Indian journal of veterinary science and animal husbandry - Volume 5,
Year: 1935
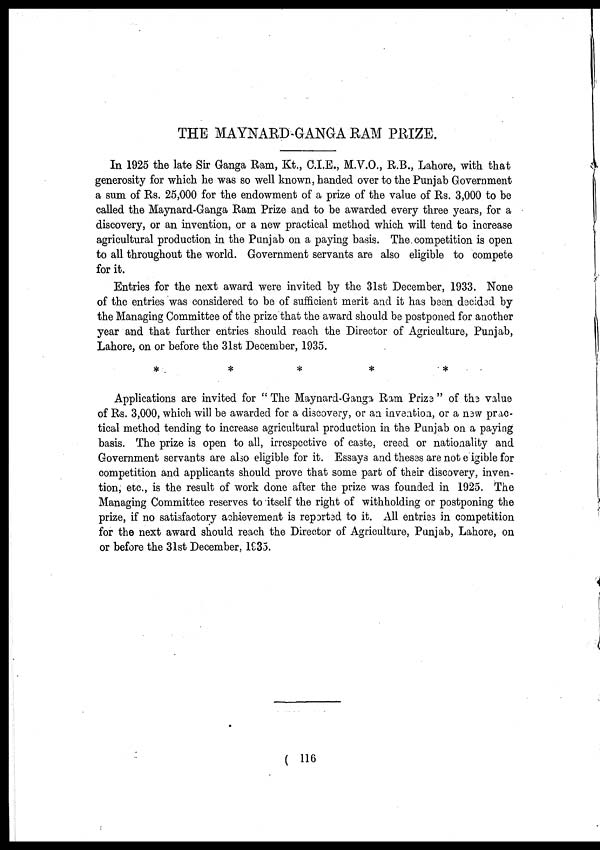
THE MAYNARD-GANGA RAM PRIZE.
In 1925 the late Sir Ganga Ram, Kt., C.I.E., M.V.O., R.B., Lahore, with that
generosity for which he was so well known, handed over to the Punjab Government
a sum of Rs. 25,000 for the endowment of a prize of the value of Rs. 3,000 to be
called the Maynard-Ganga Ram Prize and to be awarded every three years, for a
discovery, or an invention, or a new practical method which will tend to increase
agricultural production in the Punjab on a paying basis. The competition is open
to all throughout the world. Government servants are also eligible to compete
for it.
Entries for the next award were invited by the 31st December, 1933. None
of the entries was considered to be of sufficient merit and it has been decided by
the Managing Committee of the prize that the award should be postponed for another
year and that further entries should reach the Director of Agriculture, Punjab,
Lahore, on or before the 31st December, 1935.
*
*
*
*
*
Applications are invited for "The Maynard-Ganga Ram Prize " of the value
of Rs. 3,000, which will be awarded for a discovery, or an invention, or a new prac-
tical method tending to increase agricultural production in the Punjab on a paying
basis. The prize is open to all, irrespective of caste, creed or nationality and
Government servants are also eligible for it. Essays and theses are not eigible for
competition and applicants should prove that some part of their discovery, inven-
tion, etc., is the result of work done after the prize was founded in 1925. The
Managing Committee reserves to itself the right of withholding or postponing the
prize, if no satisfactory achievement is reported to it. All entries in competition
for the next award should reach the Director of Agriculture, Punjab, Lahore, on
or before the 31st December, 1935.
( 116 )